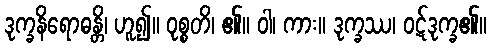
ဒုက္ခနိရောဓန္တိ၊ ဟူ၍။ ဝုစ္စတိ၊ ၏။ ဝါ၊ ကား။ ဒုက္ခဿ၊ ဝဋ်ဒုက္ခ၏။